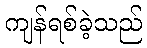
ကျန်ရစ်ခဲ့သည်